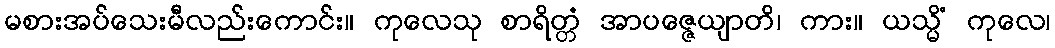
မစားအပ်သေးမီလည်းကောင်း။ ကုလေသု စာရိတ္တံ အာပဇ္ဇေယျာတိ၊ ကား။ ယသ္မိံ ကုလေ၊